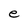
Character: e